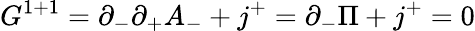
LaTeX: G^{1+1}=\partial_{-}\partial_{+}A_{-}+j^{+}=\partial_{-}\Pi+j^{+}=0